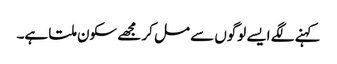
کہنے لگے ایسے لوگوں سے مل کر مجھے سکون ملتا ہے۔